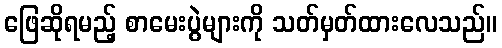
ဖြေဆိုရမည့် စာမေးပွဲများကို သတ်မှတ်ထားလေသည်။